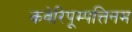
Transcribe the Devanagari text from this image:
कवेरिपूम्पत्तिनम